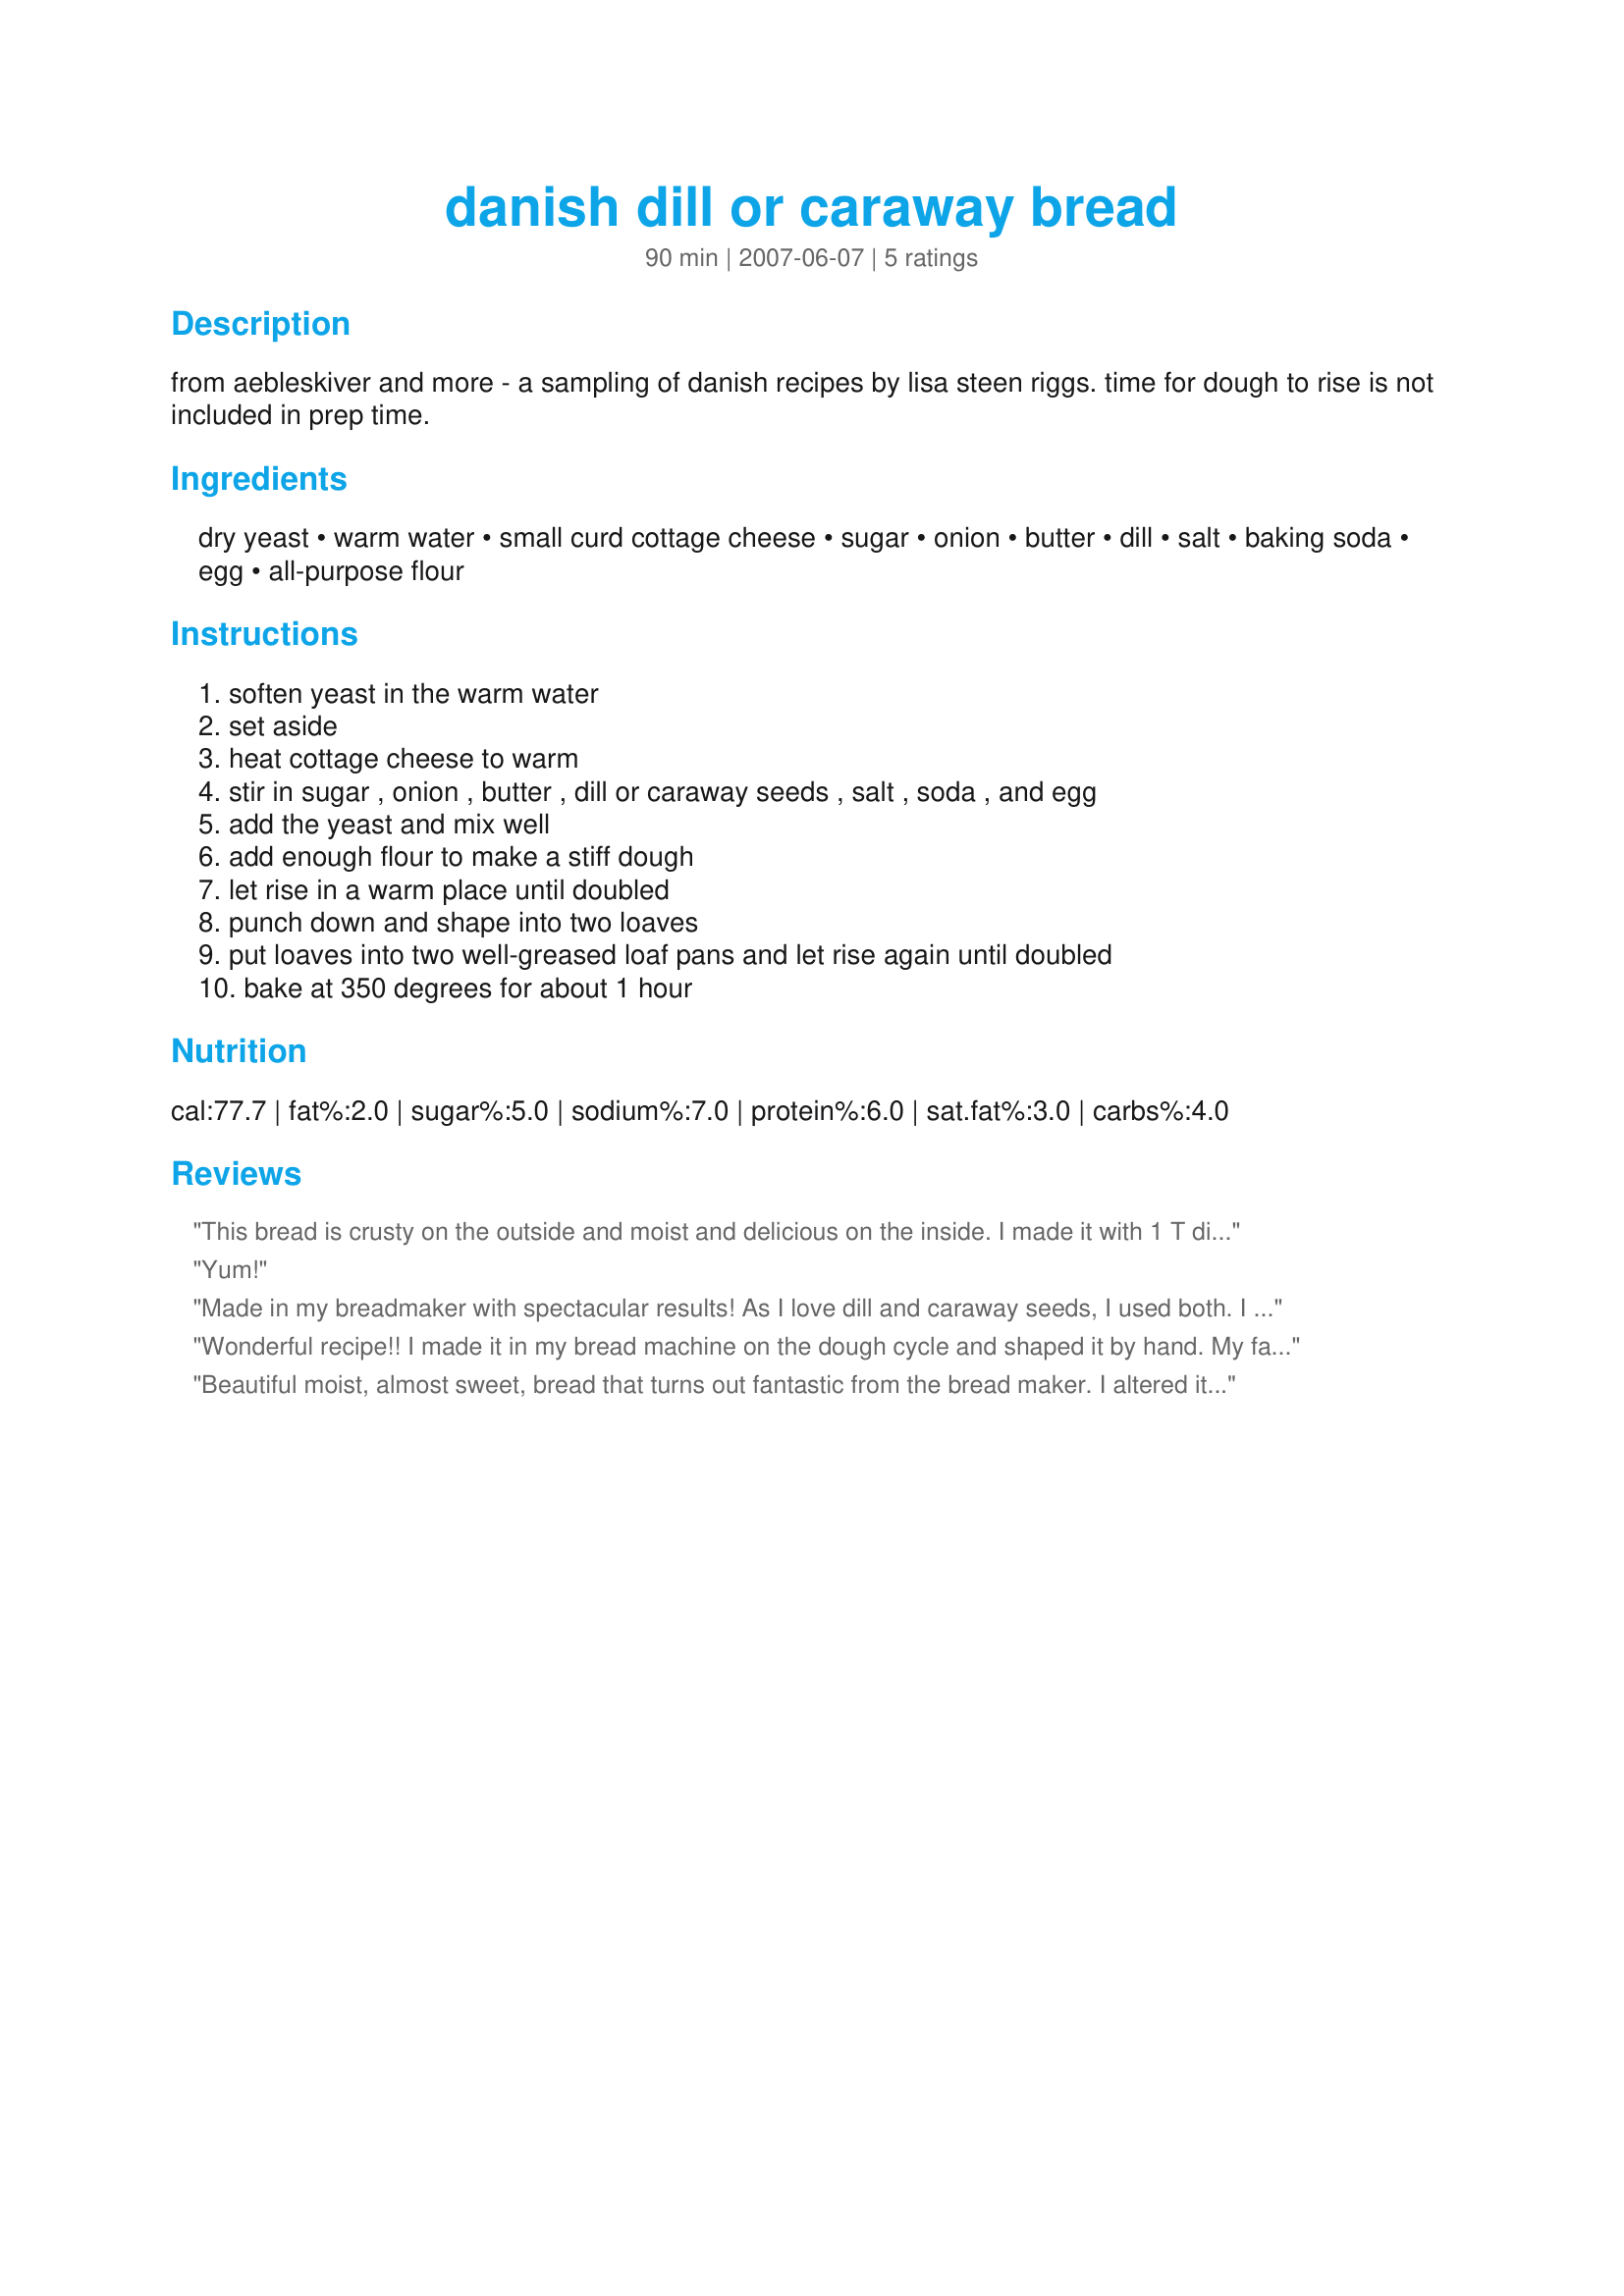
danish dill or caraway bread
Preparation time: 90 minutes

from aebleskiver and more - a sampling of danish recipes by lisa steen riggs. time for dough to rise is not included in prep time.

Ingredients:
dry yeast, warm water, small curd cottage cheese, sugar, onion, butter, dill, salt, baking soda, egg, all-purpose flour

Steps:
soften yeast in the warm water, set aside, heat cottage cheese to warm, stir in sugar , onion , butter , dill or caraway seeds , salt , soda , and egg, add the yeast and mix well, add enough flour to make a stiff dough, let rise in a warm place until doubled, punch down and shape into two loaves, put loaves into two well-greased loaf pans and let rise again until doubled, bake at 350 degrees for about 1 hour

Reviews:
This bread is crusty on the outside and moist and delicious on the inside. I made it with 1 T dill and 1 T caraway seed, and the flavor was wonderful! I also made this on the dough setting in my bread maker and then baked it in the oven. Bake time was more like 45 minutes for me, but my oven is not very good. Thanks AB Fan!
Yum!
Made in my breadmaker with spectacular results! As I love dill and caraway seeds, I used both. I also added a tablespoon of mixed seeds for extra crunch. Rose very high and was crisp on the outside and very moist on the inside - a wonderful bread - thanks for posting! Made for ZWT3. FT:-)
Wonderful recipe!! I made it in my bread machine on the dough cycle and shaped it by hand. My family loved it! Thank you so much for posting!
Beautiful moist, almost sweet, bread that turns out fantastic from the bread maker. I altered it a bit because I didn't have the right ingredients on hand:
increase onion to 1 1/2 Tbsp, 
decrease caraway to 1 Tbsp,
replaced the cottage cheese with ricotta, 
heated 1/4 water and seeped the seeds a few minutes before adding remainder of liquid ingredients.
I can't wait to try it with dill!
